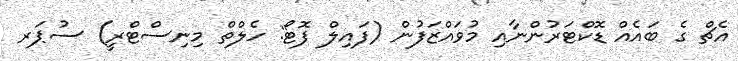
އެޗް ގެ ބައެއް ޑޮކްޓަރުންނާއި މުވައްޒަފުން (ފައިލް ފޮޓޯ: ހެލްތް މިނިސްޓްރީ) ސުޕަރ